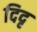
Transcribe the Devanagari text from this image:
दिदृ